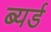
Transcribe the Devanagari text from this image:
ब्यर्ड